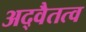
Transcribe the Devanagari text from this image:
अद्वैतत्व